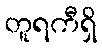
တူရကီရှိ